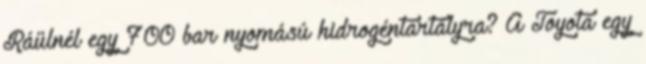
Ráülnél egy 700 bar nyomású hidrogéntartályra? A Toyota egy